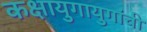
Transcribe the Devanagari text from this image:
कक्षायुगायुगांची